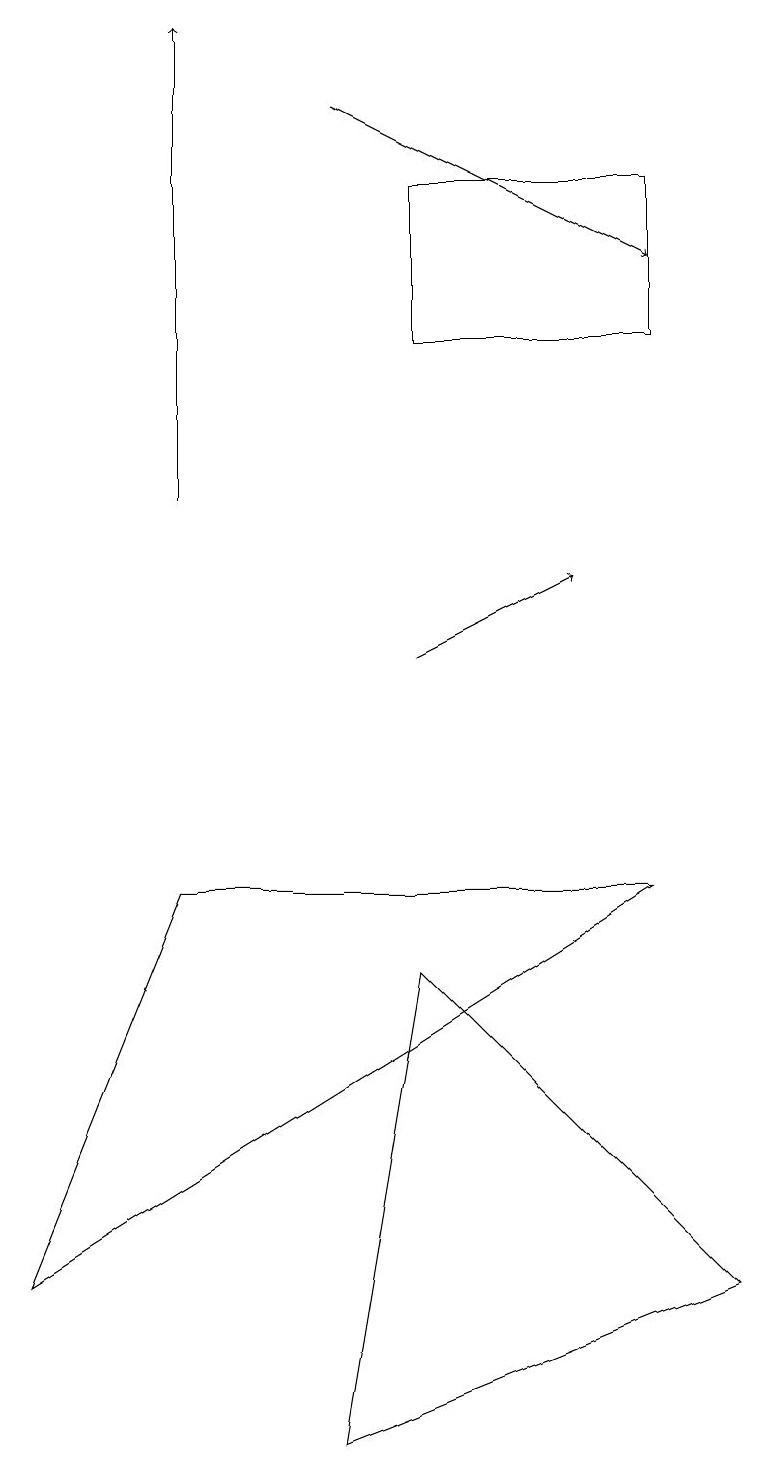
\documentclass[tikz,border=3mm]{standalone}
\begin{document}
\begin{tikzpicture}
\draw (9,3) -- (5,7) -- (4,1) -- cycle;
\draw[->] (2,13) -- (2,19);
\draw (8,15) rectangle (5,17);
\draw (2,8) -- (0,3) -- (8,8) -- cycle;
\draw[->] (4,18) -- (8,16);
\draw[->] (5,11) -- (7,12);
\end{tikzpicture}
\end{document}